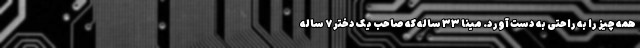
همه چیز را به راحتی به دست آورد. مینا ۳۳ ساله که صاحب یک دختر ۷ ساله